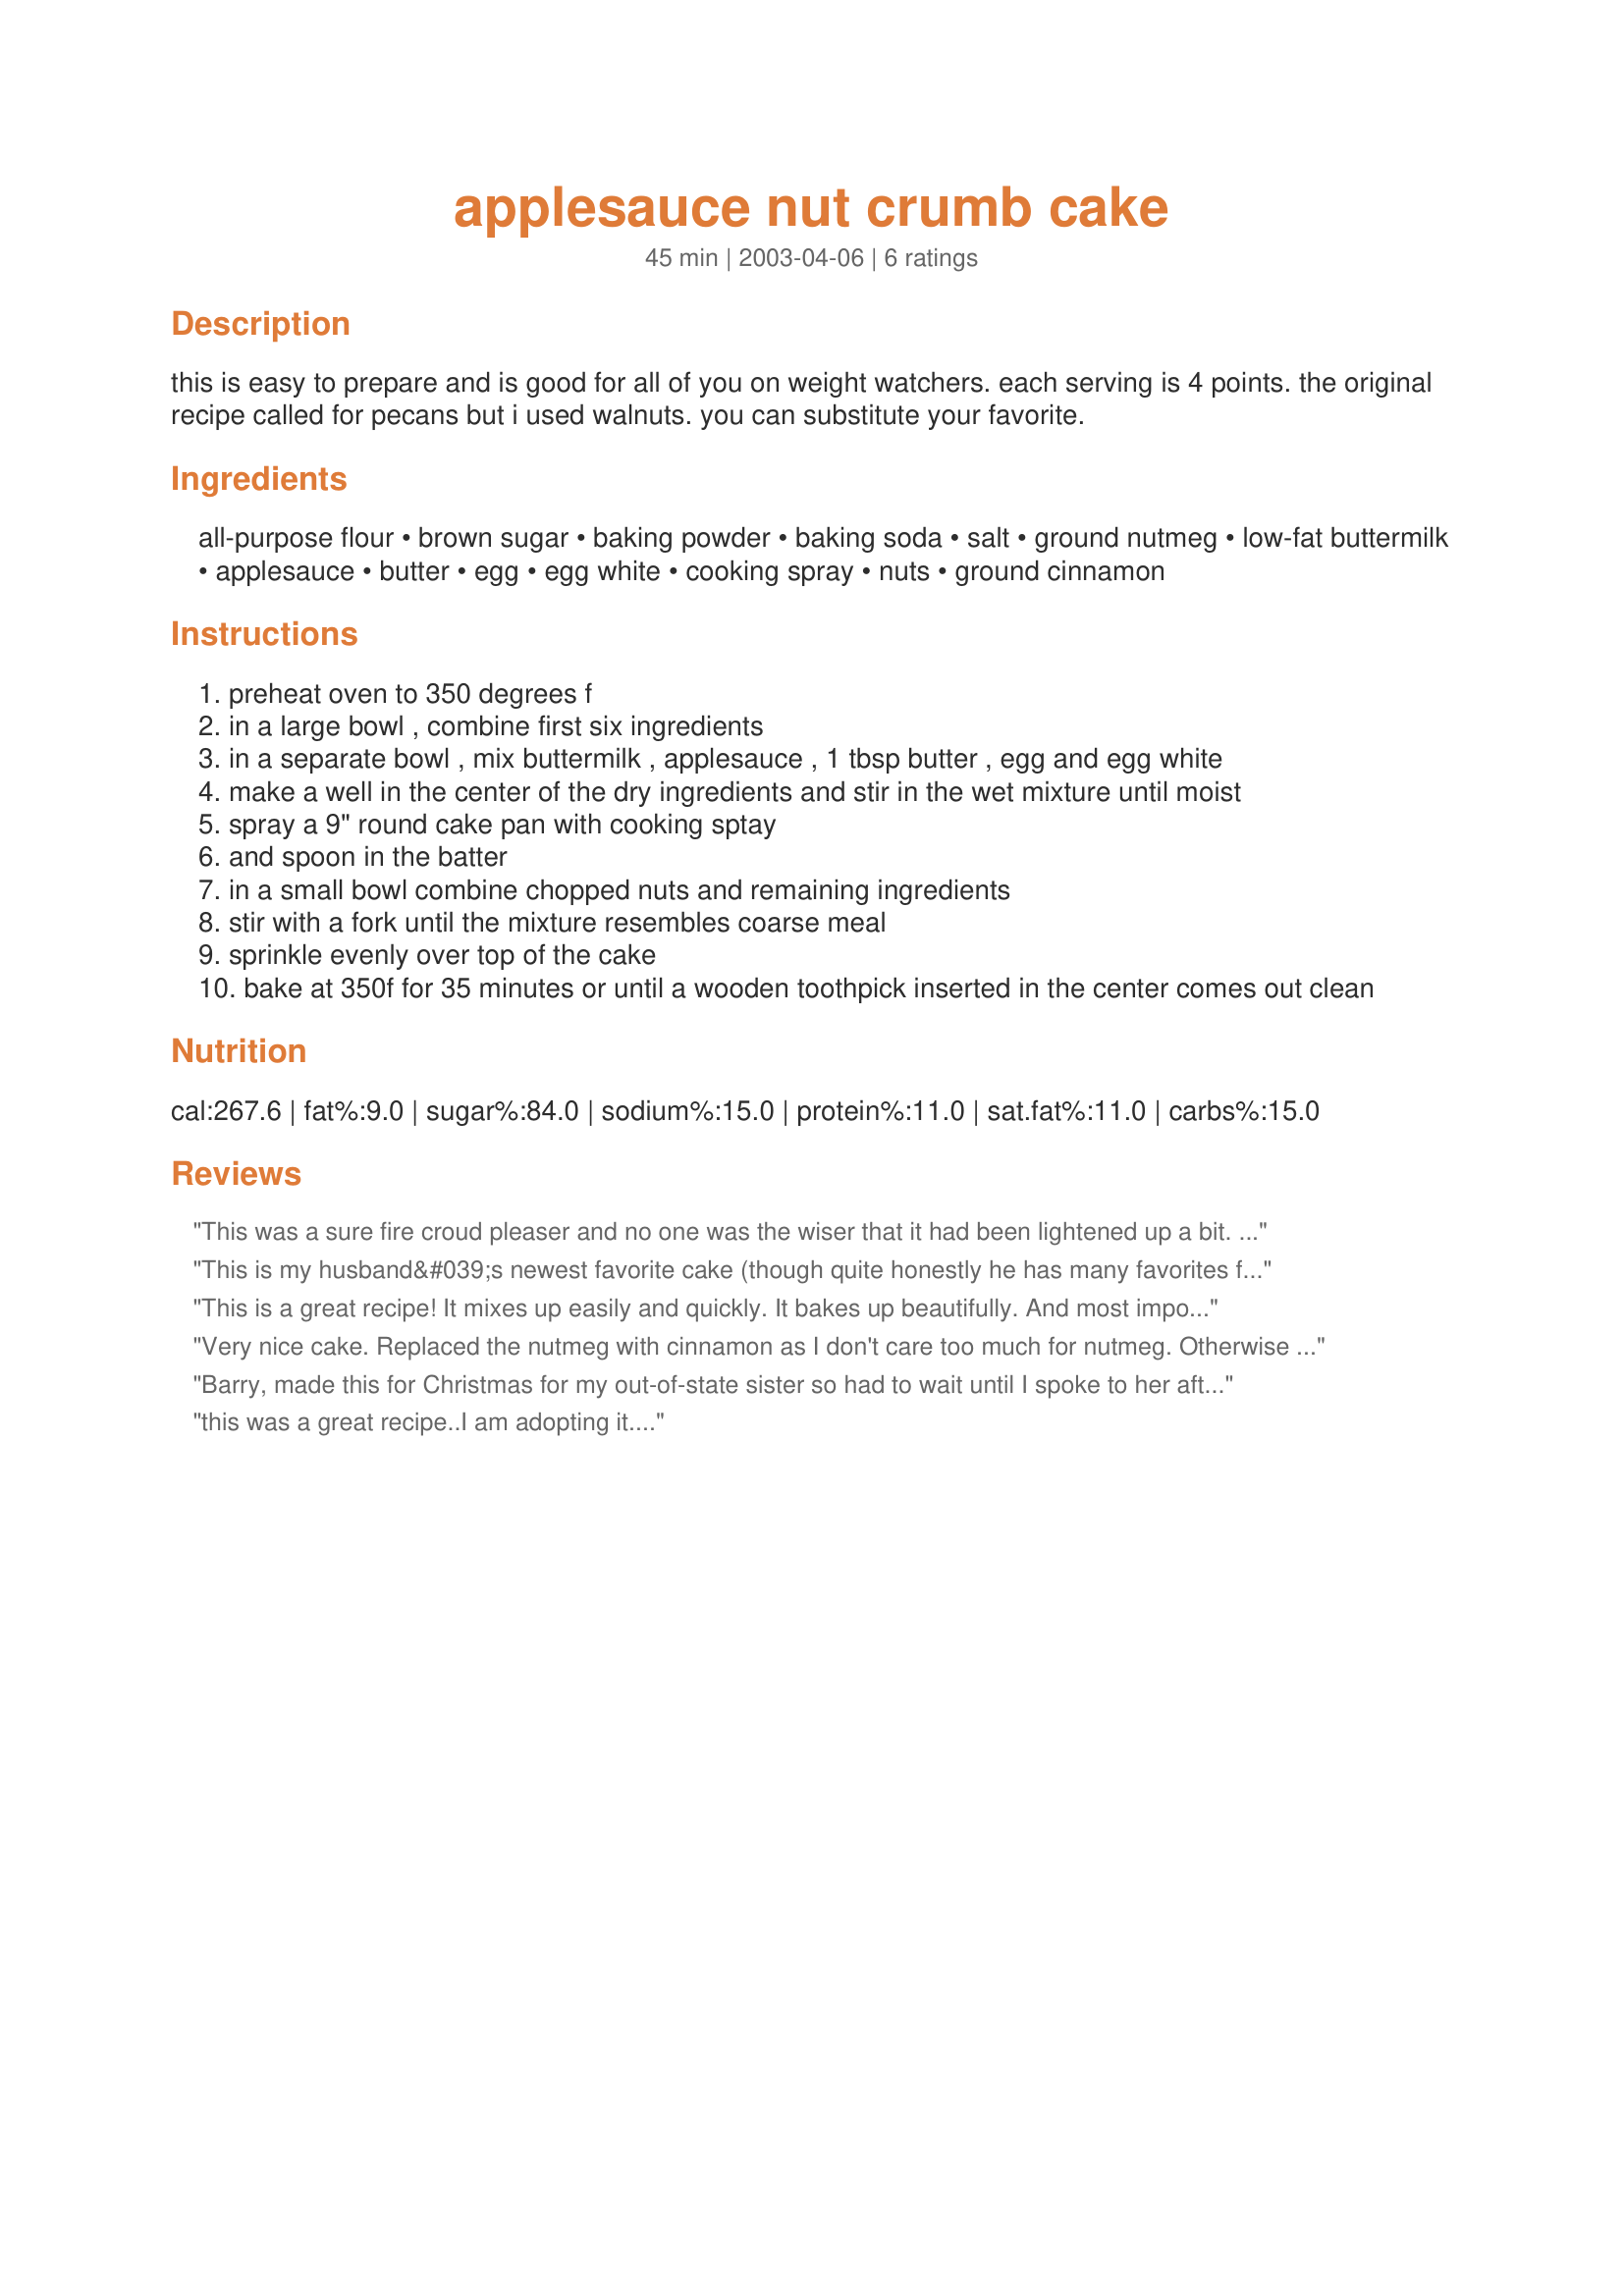
applesauce nut crumb cake
Preparation time: 45 minutes

this is easy to prepare and is good for all of you on weight watchers. each serving is 4 points. the original recipe called for pecans but i used walnuts. you can substitute your favorite.

Ingredients:
all-purpose flour, brown sugar, baking powder, baking soda, salt, ground nutmeg, low-fat buttermilk, applesauce, butter, egg, egg white, cooking spray, nuts, ground cinnamon

Steps:
preheat oven to 350 degrees f
in a large bowl , combine first six ingredients
in a separate bowl , mix buttermilk , applesauce , 1 tbsp butter , egg and egg white
make a well in the center of the dry ingredients and stir in the wet mixture until moist
spray a 9" round cake pan with cooking sptay
and spoon in the batter
in a small bowl combine chopped nuts and remaining ingredients
stir with a fork until the mixture resembles coarse meal
sprinkle evenly over top of the cake
bake at 350f for 35 minutes or until a wooden toothpick inserted in the center comes out clean

Reviews:
This was a sure fire croud pleaser and no one was the wiser that it had been lightened up a bit. I replaced one of the cups of white flour with whole wheat and otherwise made the recipe as directed. The results were a lovely brown cake with a good amount of crumb on top. Not a Starbuck sugar loaded crumb but really good. Thanks!
This is my husband&#039;s newest favorite cake (though quite honestly he has many favorites from the food.com site....) It is very easy to throw together quickly. The crumb topping is delicious and the cake is moist and keeps well at room temperature - if it lasts that long in your home. A great way to use up applesauce.&lt;br/&gt;&lt;br/&gt;Will be making this often over the winter.
This is a great recipe! It mixes up easily and quickly. It bakes up beautifully. And most important of all, tastes great. I love that it has all the flavor of a regular cake with so much less fat.
Very nice cake. Replaced the nutmeg with cinnamon as I don't care too much for nutmeg. Otherwise I made it as stated. Also used walnuts. Pleased to find a tasty lightened up cake. Just a pity that it tend to dry out so soon. But-I guess that is the price to pay when making a lighter cake.
Thanks for sharing.
Barry, made this for Christmas for my out-of-state sister so had to wait until I spoke to her after the holidays. On her say so, I gave it 5 stars. Will now have to fix this again, for us!
this was a great recipe..I am adopting it....
